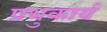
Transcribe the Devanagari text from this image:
प्रभुकार्य